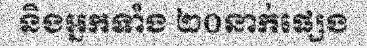
និងអ្នកទាំង ២០នាក់ផ្សេង